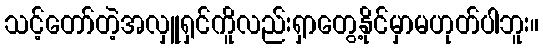
သင့်တော်တဲ့အလှူရှင်ကိူလည်းရှာတွေ့နိုင်မှာမဟုတ်ပါဘူး။